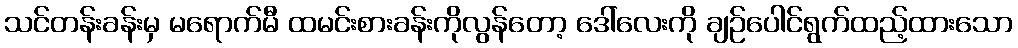
သင်တန်းခန်းမှ မရောက်မီ ထမင်းစားခန်းကိုလွန်တော့ ဒေါ်လေးကို ချဉ်ပေါင်ရွက်ထည့်ထားသော